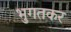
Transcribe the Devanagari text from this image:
भुगतकर